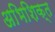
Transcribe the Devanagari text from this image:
अभिशिक्त